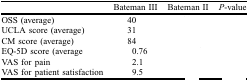
<table><thead><tr><td>[EMPTY_CELL]</td><td><b>Bateman III</b></td><td><b>Bateman II</b></td><td><b><i>P</i>-value</b></td></tr></thead><tbody><tr><td>OSS (average)</td><td>40</td><td>[EMPTY_CELL]</td><td>[EMPTY_CELL]</td></tr><tr><td>UCLA score (average)</td><td>31</td><td>[EMPTY_CELL]</td><td>[EMPTY_CELL]</td></tr><tr><td>CM score (average)</td><td>84</td><td>[EMPTY_CELL]</td><td>[EMPTY_CELL]</td></tr><tr><td>EQ-5D score (average</td><td>0.76</td><td>[EMPTY_CELL]</td><td>[EMPTY_CELL]</td></tr><tr><td>VAS for pain</td><td>2.1</td><td>[EMPTY_CELL]</td><td>[EMPTY_CELL]</td></tr><tr><td>VAS for patient satisfaction</td><td>9.5</td><td>[EMPTY_CELL]</td><td>[EMPTY_CELL]</td></tr></tbody></table>